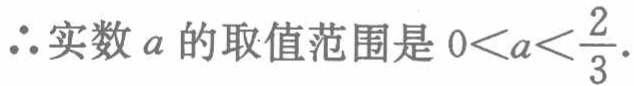
\(\therefore 实数\ a\ 的取值范围是\ 0 < a < \frac{2}{3}.\)